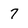
Character: 7